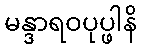
မန္ဒာရဝပုပ္ဖါနိ